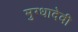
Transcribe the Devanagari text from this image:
मुग्धादेवी